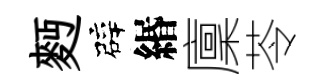
麪辟緡廩苓